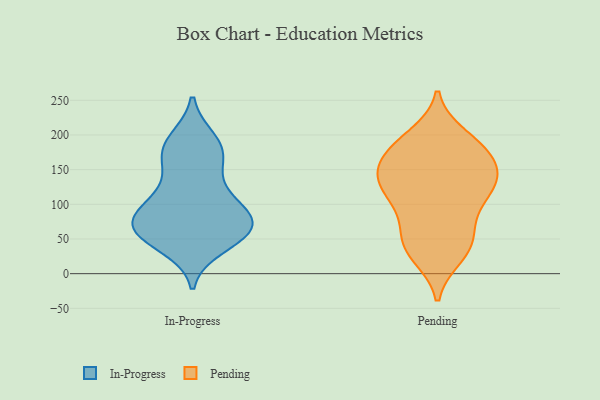
{"axis": {"x": "Production Output", "y": "Value"}, "legend": ["In-Progress", "Pending"], "data": [{"x": "", "y": 152, "type": "In-Progress"}, {"x": "", "y": 97, "type": "In-Progress"}, {"x": "", "y": 192, "type": "In-Progress"}, {"x": "", "y": 176, "type": "In-Progress"}, {"x": "", "y": 62, "type": "In-Progress"}, {"x": "", "y": 58, "type": "In-Progress"}, {"x": "", "y": 120, "type": "In-Progress"}, {"x": "", "y": 104, "type": "In-Progress"}, {"x": "", "y": 87, "type": "In-Progress"}, {"x": "", "y": 72, "type": "In-Progress"}, {"x": "", "y": 81, "type": "In-Progress"}, {"x": "", "y": 40, "type": "In-Progress"}, {"x": "", "y": 63, "type": "In-Progress"}, {"x": "", "y": 62, "type": "In-Progress"}, {"x": "", "y": 57, "type": "In-Progress"}, {"x": "", "y": 174, "type": "In-Progress"}, {"x": "", "y": 185, "type": "In-Progress"}, {"x": "", "y": 77, "type": "Pending"}, {"x": "", "y": 40, "type": "Pending"}, {"x": "", "y": 188, "type": "Pending"}, {"x": "", "y": 122, "type": "Pending"}, {"x": "", "y": 130, "type": "Pending"}, {"x": "", "y": 111, "type": "Pending"}, {"x": "", "y": 152, "type": "Pending"}, {"x": "", "y": 198, "type": "Pending"}, {"x": "", "y": 102, "type": "Pending"}, {"x": "", "y": 34, "type": "Pending"}, {"x": "", "y": 120, "type": "Pending"}, {"x": "", "y": 180, "type": "Pending"}, {"x": "", "y": 184, "type": "Pending"}, {"x": "", "y": 142, "type": "Pending"}, {"x": "", "y": 62, "type": "Pending"}, {"x": "", "y": 42, "type": "Pending"}, {"x": "", "y": 149, "type": "Pending"}, {"x": "", "y": 145, "type": "Pending"}, {"x": "", "y": 26, "type": "Pending"}, {"x": "", "y": 172, "type": "Pending"}]}